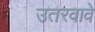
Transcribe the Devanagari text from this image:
उतरवावे